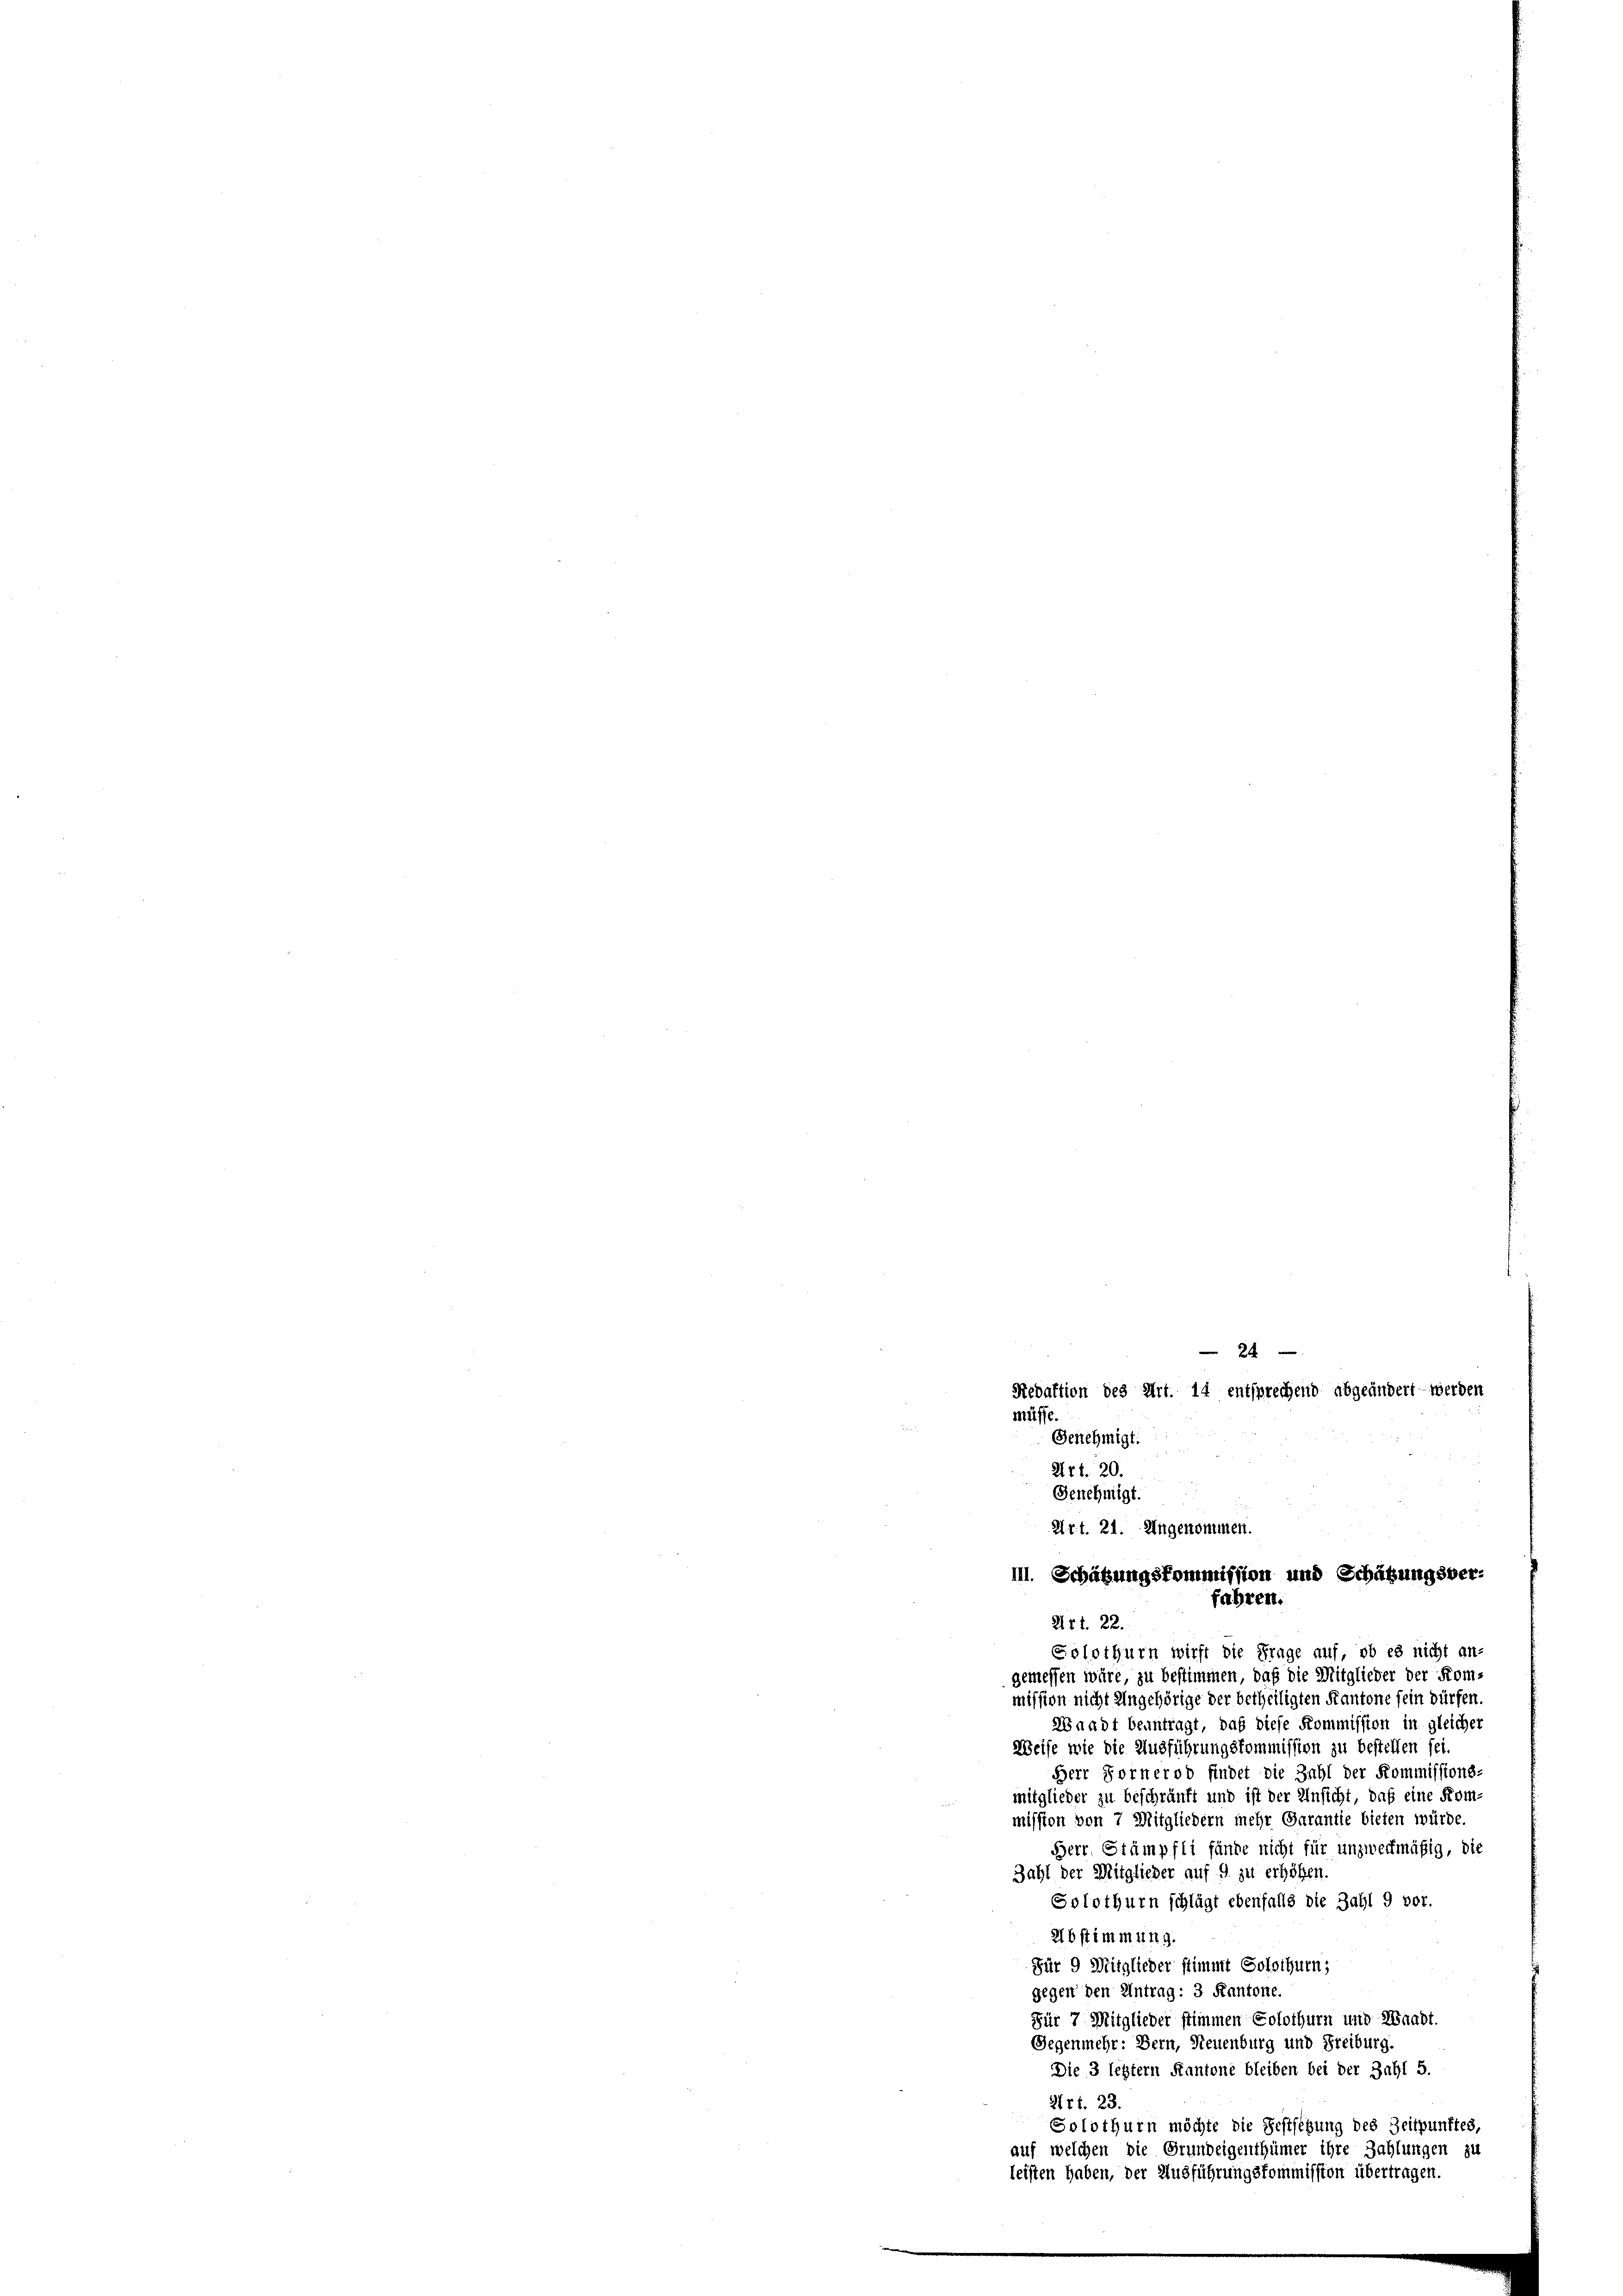
2
Redaktion des Art. 14 entsprechend abgeändert werden
müsse
Genehmigt.
Art. 20.
Genehmigt.
Art. 21. Angenommen.
III. Schätzungskommission und Schätzungsver-
fahren.
Art. 22.

Solothurn wirst die Frage auf, ob es nicht an-
gemessen wäre, zu bestimmen, daß die Mitglieder der Kom-
mission nicht Angehörige der betheiligten Kantone fein dürfen.
Waadt beantragt, daß diese Kommission in gleicher
Weise wie die Ausführungskommission zu bestellen sei.
Herr Fornerod findet die Zahl der Kommissions-
mitglieder zu beschränkt und ist der Ansicht, daß eine Kom-
mission von 7 Mitgliedern mehr Garantie bieten würde.
Herr Stämpfli fände nicht für unzweckmäßig, die
Zahl der Mitglieder auf 9 zu erhöhen.
Solothurn schlägt ebenfalls die Zahl 9 vor.
Abstimmung.
Für 9 Mitglieder stimmt Solothurn,
gegen den Antrag: 3 Kantone.
Für 7 Mitglieder stimmen Solothurn und Waadt,
Gegenmehr: Bern, Neuenburg und Freiburg.
Die 3 letztem Kantone bleiben bei der Zahl 5.
Art. 23.
Solothurn möchte die Festsetzung des Zeitpunktes,
auf welchen die Grundeigenthümer ihre Zahlungen zu
leisten haben, der Ausführungskommission übertragen.